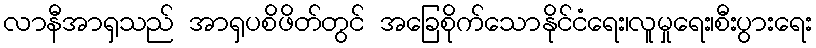
လာနီအာရှသည် အာရှပစိဖိတ်တွင် အခြေစိုက်သောနိုင်ငံရေး၊လူမှုရေး၊စီးပွားရေး